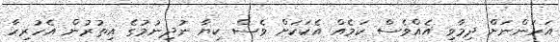
އަހަންނަށް ދިމާވި އެއްވެސް ކަމެއް އެކަކަށް ވެސް ކިޔާ ނުދިނުމުގެ އިތުރުން އެހުރިހާ